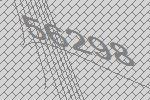
56298